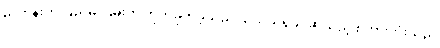
ညတုန်းက ပြည်မိုးငြိမ်းကို တိုက်ခိုက်ခဲ့သည့် သံသယရှိခွင့်ဆိုသည့် စကားလုံးသည်